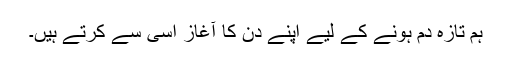
ہم تازہ دم ہونے کے لیے اپنے دن کا آغاز اسی سے کرتے ہیں۔